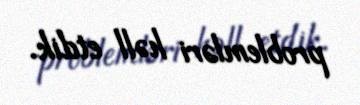
problemləri həll etdik.